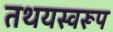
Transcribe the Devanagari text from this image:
तथयस्वरूप